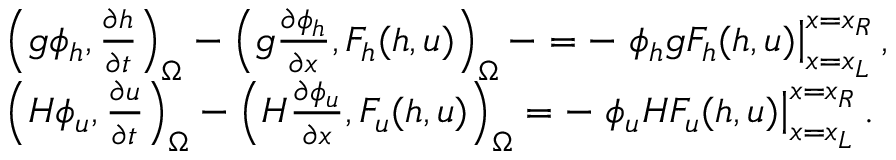
\begin{array} { r l } & { \left( g \phi _ { h } , \frac { \partial h } { \partial t } \right) _ { \Omega } - \left( g \frac { \partial \phi _ { h } } { \partial x } , F _ { h } ( h , u ) \right) _ { \Omega } - = - \left. \phi _ { h } g F _ { h } ( h , u ) \right| _ { x = x _ { L } } ^ { x = x _ { R } } , } \\ & { \left( H \phi _ { u } , \frac { \partial u } { \partial t } \right) _ { \Omega } - \left( H \frac { \partial \phi _ { u } } { \partial x } , F _ { u } ( h , u ) \right) _ { \Omega } = - \left. \phi _ { u } H F _ { u } ( h , u ) \right| _ { x = x _ { L } } ^ { x = x _ { R } } . } \end{array}